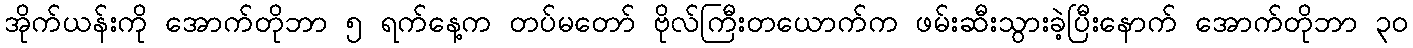
အိုက်ယန်းကို အောက်တိုဘာ ၅ ရက်နေ့က တပ်မတော် ဗိုလ်ကြီးတယောက်က ဖမ်းဆီးသွားခဲ့ပြီးနောက် အောက်တိုဘာ ၃၀